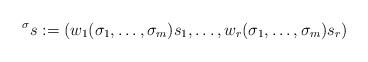
LaTeX: \begin{align*} {}^\sigma s := (w_1(\sigma_1, \dotsc, \sigma_m)s_1, \dotsc, w_r(\sigma_1, \dotsc, \sigma_m)s_r)\end{align*}